38_143685_box_Incident_Summaries_173-233
Agency: Department of War
Page 1
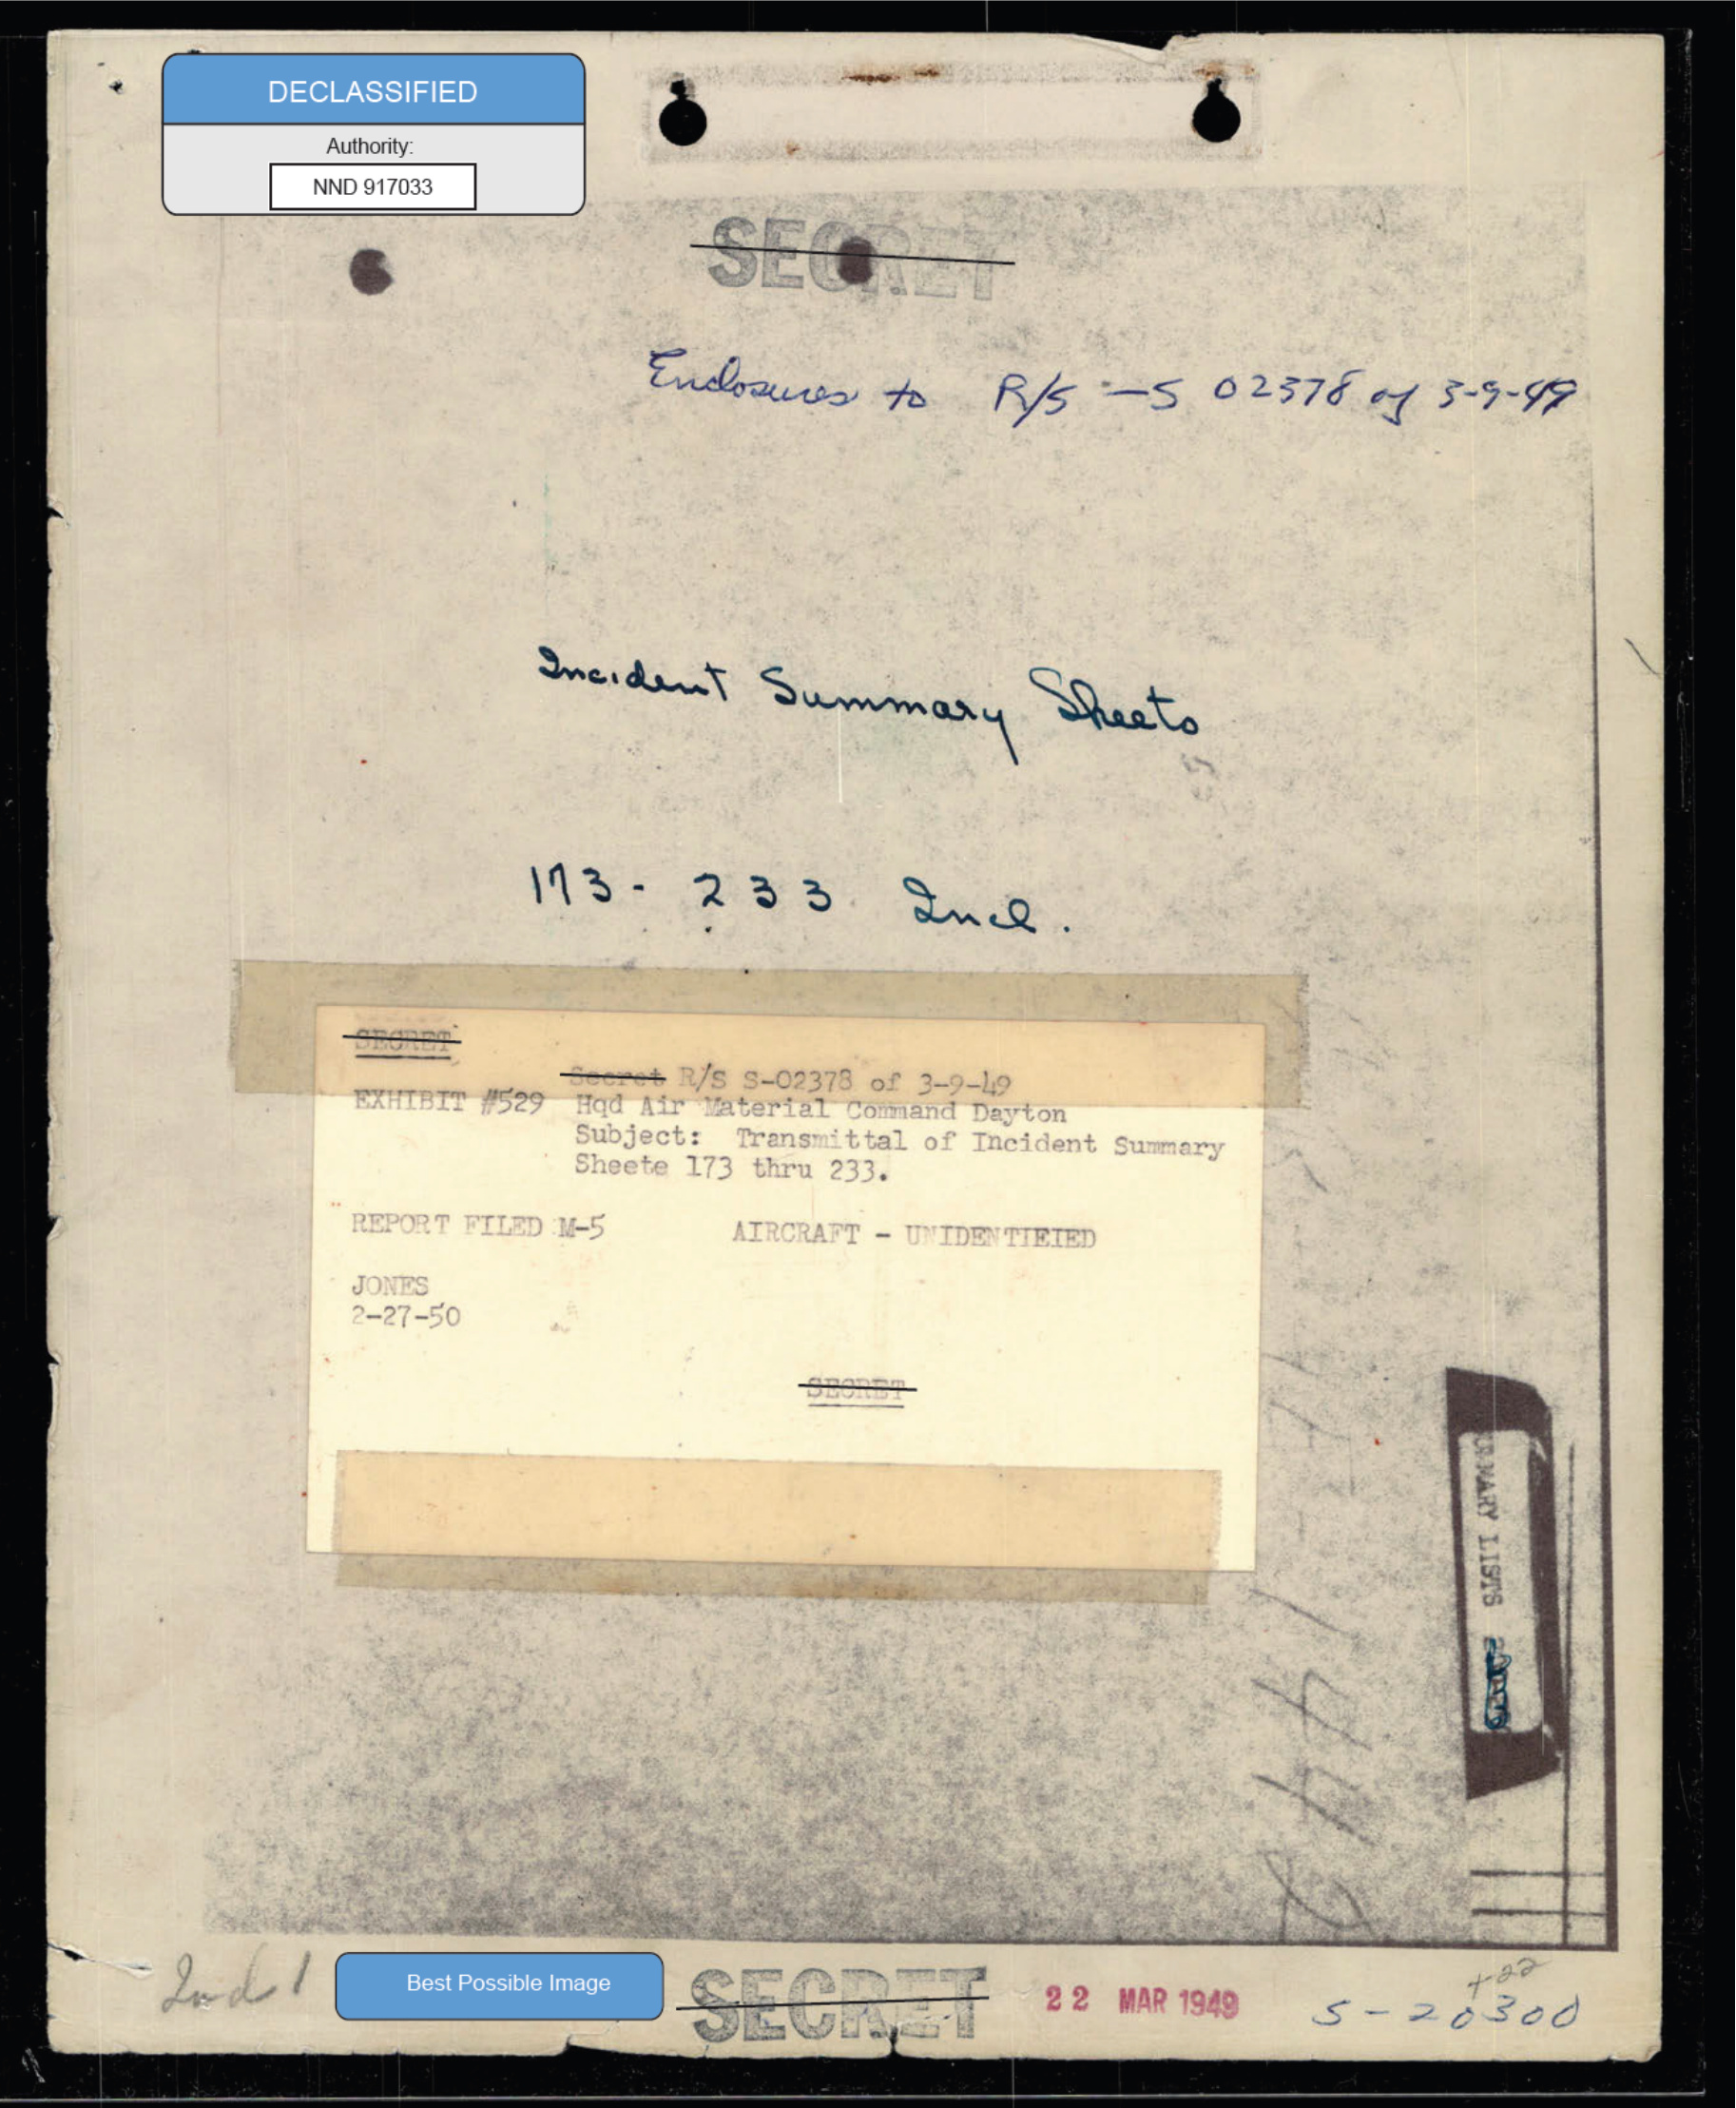